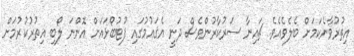
އިތުުރުވާނެކަމަށް ބެލެވެއެވެ. ޗައިނާ ސަރުކާރުންވެސް ދަނީ އެޤައުމުގައި ފުޓުބޯޅައަށް އޮންނަ ލޯބި އިތުރުކުރުމަށް